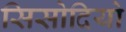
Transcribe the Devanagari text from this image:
सिसोदियो